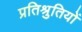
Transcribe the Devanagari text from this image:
प्रतिश्रुतियों